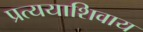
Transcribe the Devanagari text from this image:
प्रत्ययाशिवाय